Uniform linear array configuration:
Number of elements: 24
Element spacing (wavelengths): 0.25
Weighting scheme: binomial
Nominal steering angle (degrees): -15
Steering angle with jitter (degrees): -14.555
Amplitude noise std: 0.05
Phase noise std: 0.05

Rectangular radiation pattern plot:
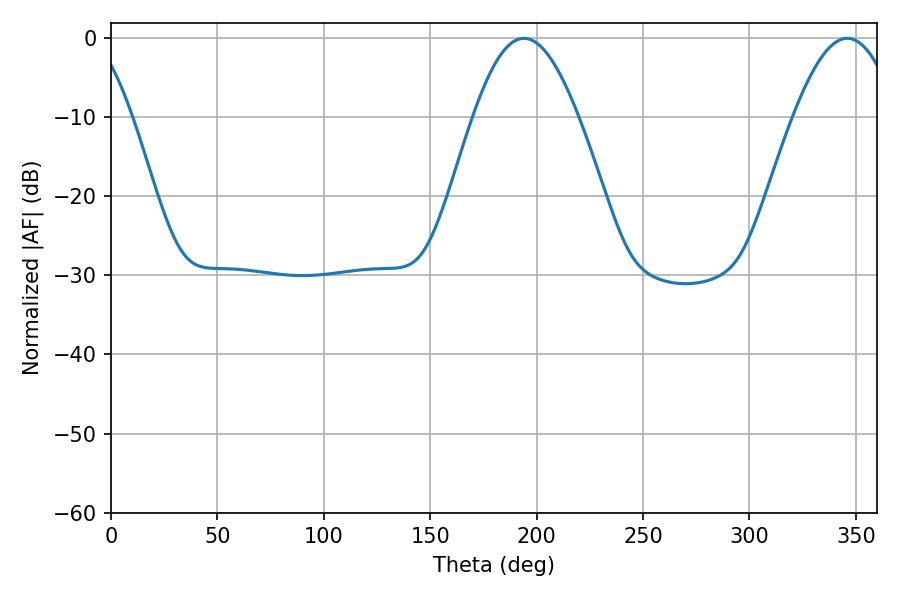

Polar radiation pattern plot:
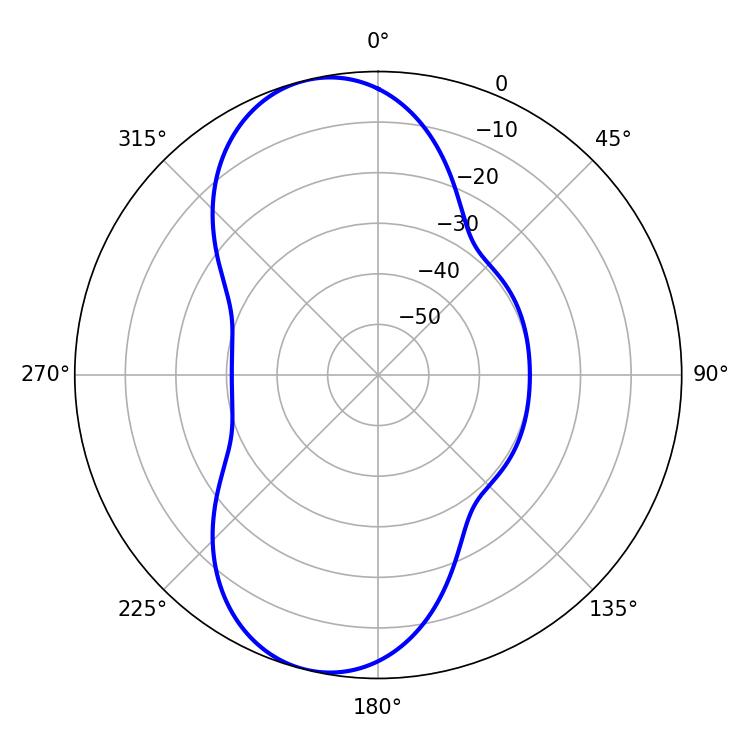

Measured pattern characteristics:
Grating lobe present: FALSE
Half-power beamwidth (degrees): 26.64
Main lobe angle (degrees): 194.04